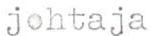
johtaja